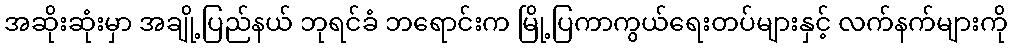
အဆိုးဆုံးမှာ အချို့ပြည်နယ် ဘုရင်ခံ ဘရောင်းက မြို့ပြကာကွယ်ရေးတပ်များနှင့် လက်နက်များကို